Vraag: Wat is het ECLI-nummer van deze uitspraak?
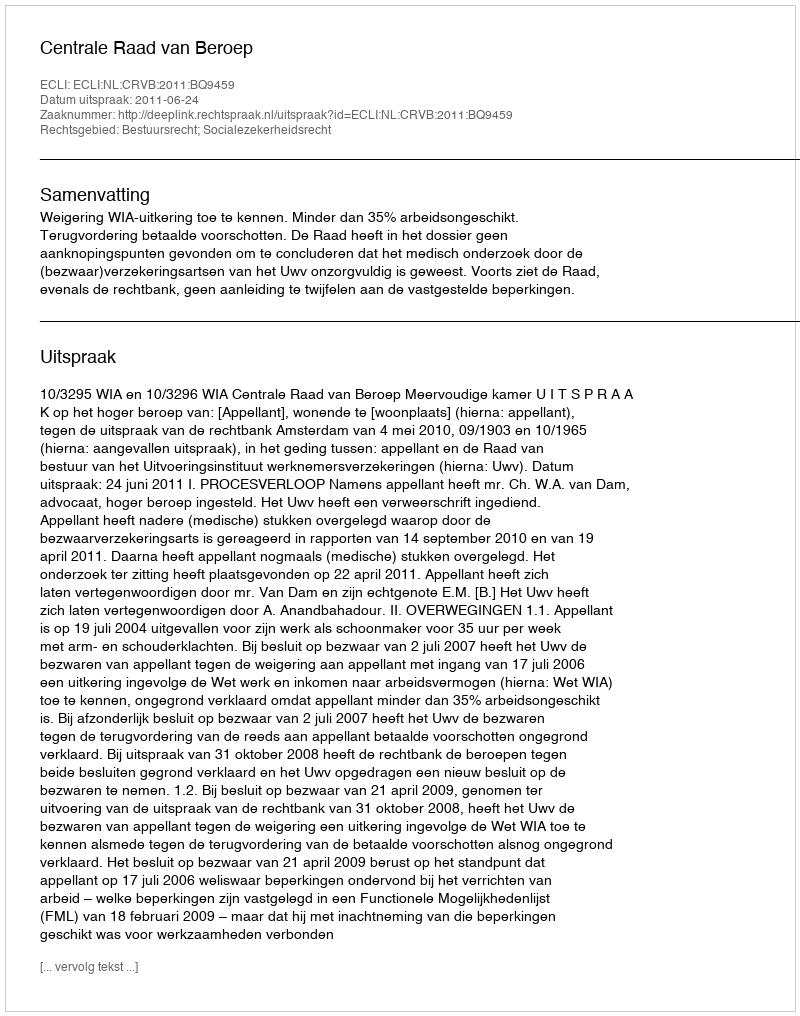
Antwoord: ECLI:NL:CRVB:2011:BQ9459